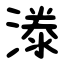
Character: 漛